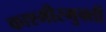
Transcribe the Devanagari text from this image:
काश्मीरमुक्ती